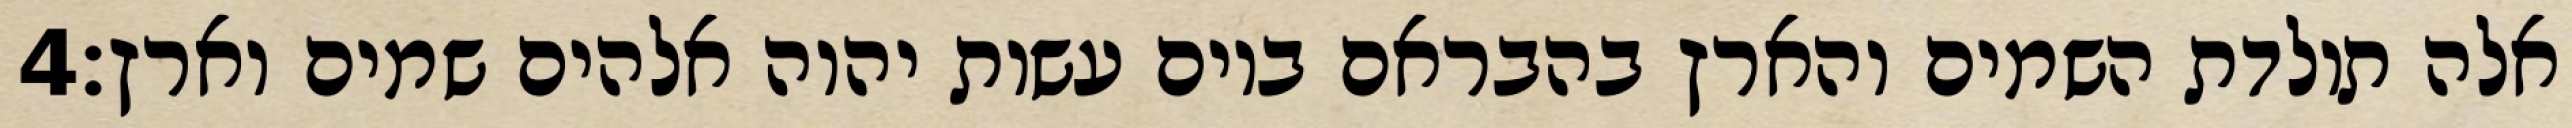
‎4‏ אלה תולדת השמים והארץ בהבראם ביום עשות יהוה אלהים שמים וארץ׃